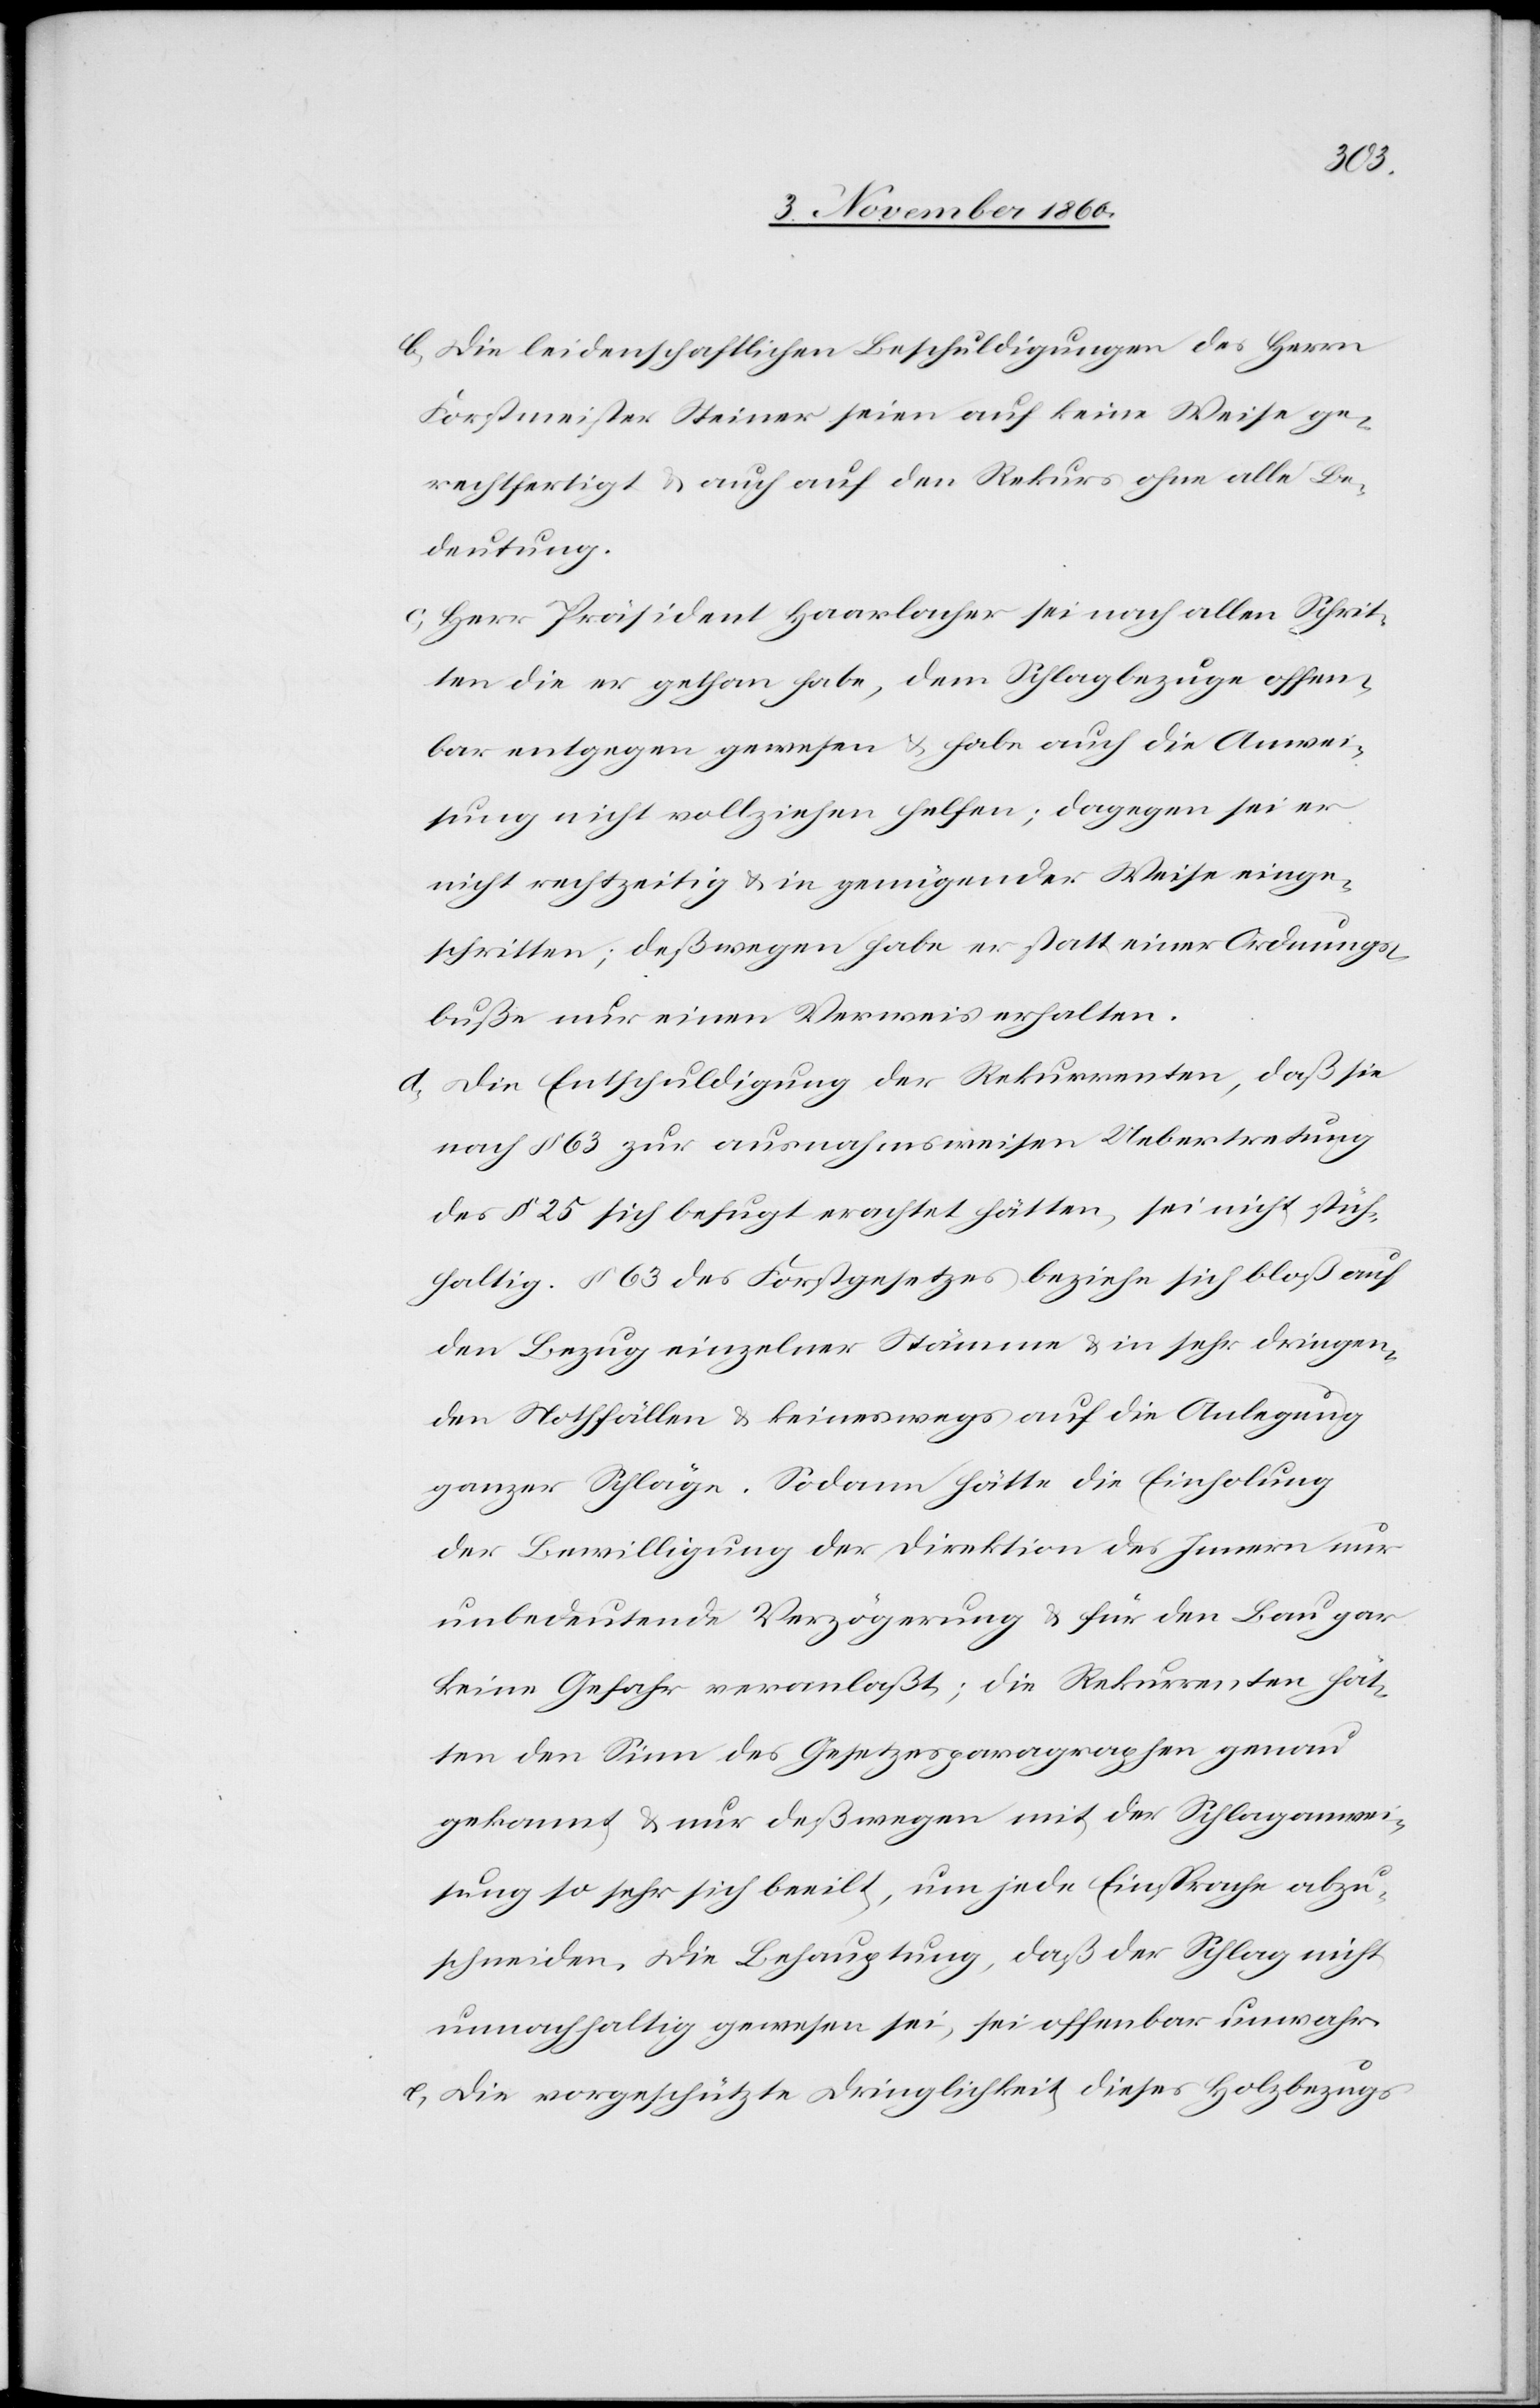
b) Die leidenschaftlichen Beschuldigungen des Herrn
Forstmeister Steiner seien auf keine Weise ge¬
rechtfertigt u. auch auf den Rekurs ohne alle Be¬
deutung.
c) Herr Präsident Haarlacher sei nach allen Schrit¬
ten die er gethan habe, dem Schlagbezuge offen¬
bar entgegen gewesen u. habe auch die Anwei¬
sung nicht vollziehen helfen; dagegen sei er
nicht rechtzeitig u. in genügender Weise einge¬
schritten; deßwegen habe er statt einer Ordnungs¬
buße nur einen Verweis erhalten.
d) Die Entschuldigung der Rekurrenten, daß sie
nach § 63 zur ausnahmsweisen Uebertretung
des § 25 sich befugt erachtet hätten, sei nicht stich¬
haltig. § 63 des Forstgesetzes beziehe sich bloß auf
den Bezug einzelner Stämme u. in sehr dringen¬
den Nothfällen u. keineswegs auf die Anlegung
ganzer Schläge. Sodann hätte die Einholung
der Bewilligung der Direktion des Innern nur
unbedeutende Verzögerung u. für den Bau gar
keine Gefahr veranlaßt; die Rekurrenten hät¬
ten den Sinn des Gesetzesparagraphen genau
gekannt u. nur deßwegen mit der Schlaganwei¬
sung so sehr sich beeilt, um jede Einsprache abzu¬
schneiden. Die Behauptung, daß der Schlag nicht
unnachhaltig gewesen sei, sei offenbar unwahr.
e) Die vorgeschützte Dringlichkeit dieses Holzbezuges